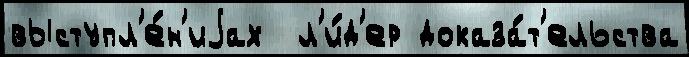
выступл'е́н'иjах  л'и́д'ер доказа́т'ельства